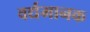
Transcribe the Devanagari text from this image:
वर्द्यमानक